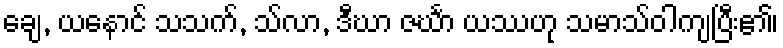
ချေ, ယနောင် သသက်, သ်လာ, ဒီဃာ ဇင်္ဃာ ယဿဟု သမာသ်ဝါကျပြီး၏၊